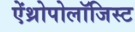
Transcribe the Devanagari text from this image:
ऐंथ्रोपोलॉजिस्ट